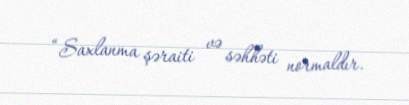
“Saxlanma şəraiti və səhhəti normaldır.